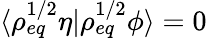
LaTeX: \langle\rho_{eq}^{1/2}\eta\rvert\rho_{eq}^{1/2}\phi\rangle=0